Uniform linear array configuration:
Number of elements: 48
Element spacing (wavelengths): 0.25
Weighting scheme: cosine
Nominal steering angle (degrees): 15
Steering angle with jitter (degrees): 14.504
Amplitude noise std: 0.05
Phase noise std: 0.05

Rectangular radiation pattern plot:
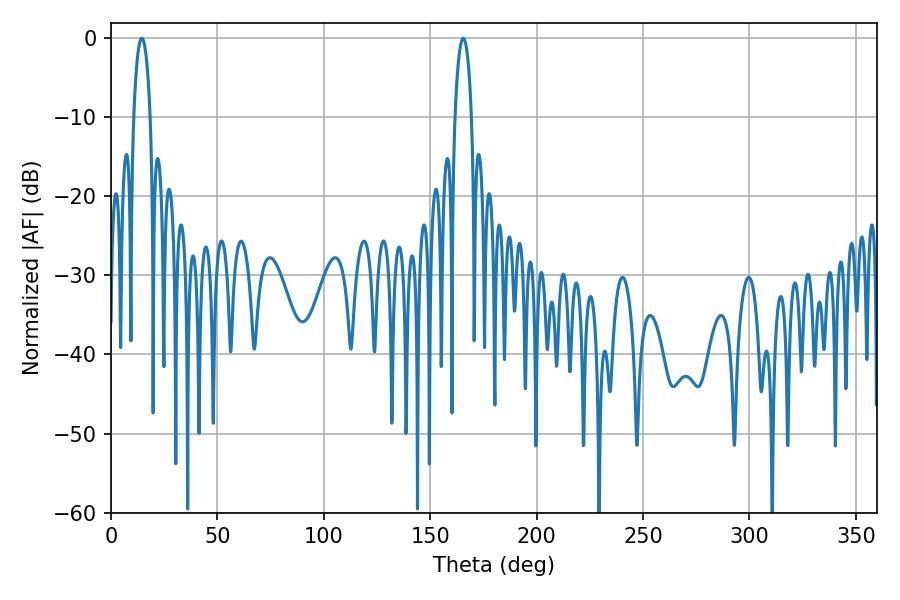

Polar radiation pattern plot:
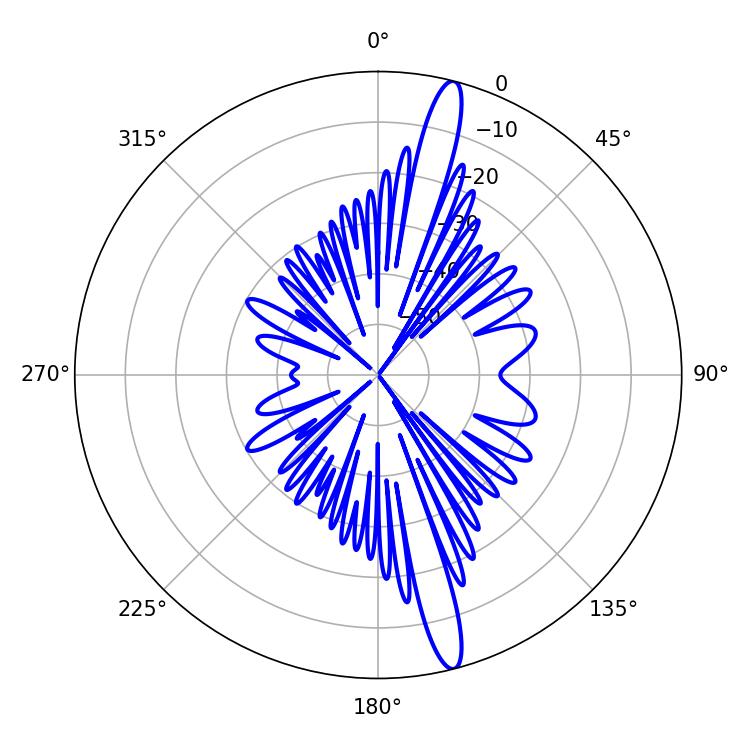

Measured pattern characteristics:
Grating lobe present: FALSE
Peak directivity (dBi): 16.566
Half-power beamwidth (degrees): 4.5
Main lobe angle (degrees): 14.4